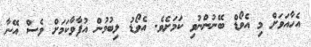
އެހާއަވަށް މި އެވޯޑް ބޭނުންނުވި ކަމަށެވެ. އެވޯޑު ލިބުމުން އުފާވާކަމަށް ވެސް އޭނާ